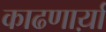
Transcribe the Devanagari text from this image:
काढणार्य़ा